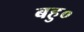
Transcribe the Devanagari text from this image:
बहु०